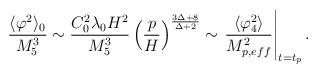
LaTeX: \begin{align*}\frac{ \langle \varphi^2 \rangle_0}{M_5^3} \sim \frac{C_0^2 \lambda_0 H^2}{M_5^3}\left( \frac{p}{H} \right)^{\frac{3 \Delta+8}{\Delta+2}}\sim \left. \frac{\langle \varphi_4^2 \rangle}{M_{p,eff}^2} \right \vert_{t=t_p} .\end{align*}